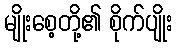
မျိုးစေ့တို့၏ စိုက်ပျိုး